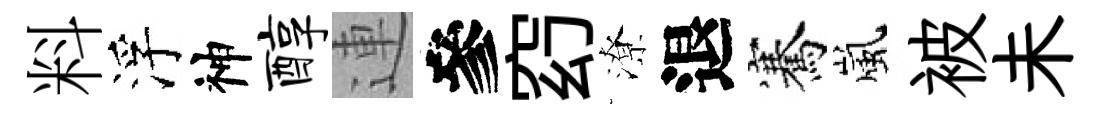
料浮神醇連參𥥆潦退騫嵐被未